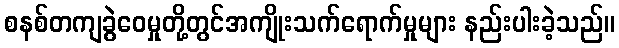
စနစ်တကျခွဲဝေမှုတို့တွင်အကျိုးသက်ရောက်မှုများ နည်းပါးခဲ့သည်။